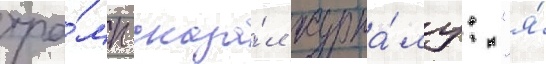
тра́мп сказа́л журна́лу: "я́